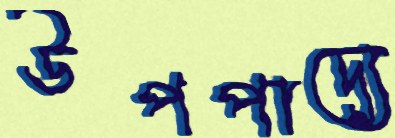
উপপাদ্যে